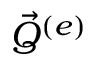
\vec { Q } ^ { ( e ) }